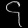
Digit: ၄